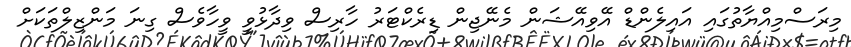
މިރަސްމިއްޔާތުގައި އައިލެންޑް އޭވިއޭޝަން މެނޭޖިން ޑިރެކްޓަރު ހާރިސް ވިދާޅުވީ ވީހާވެސް ގިނަ މަންޒިލްތަކަށް